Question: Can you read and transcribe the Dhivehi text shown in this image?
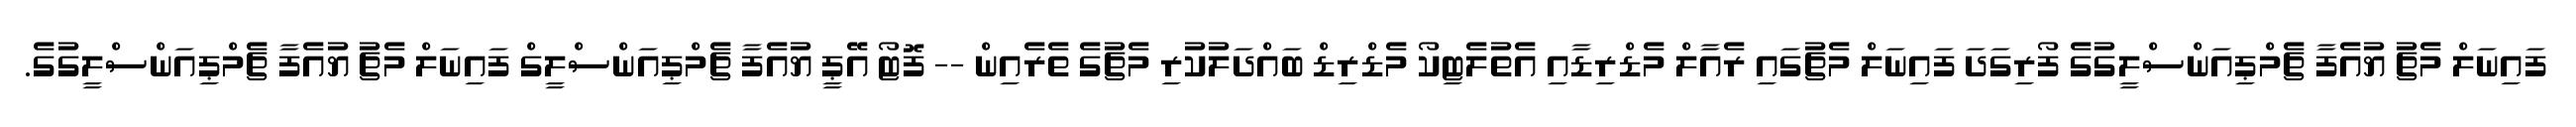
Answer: ފައިނަލް މެޗު ޔުއެފާ ޗެމްޕިއަންސްލީގުގެ ފޯރިގަދަ ފައިނަލް މެޗުގައި ރެއާލް މެޑްރިޑާއި އެތުލެޓިކޯ މެޑްރިޑް ބައްދަލުކުރި މެޗުގެ ތެރެއިން -- ފޮޓޯ އޭޕީ ޔުއެފާ ޗެމްޕިއަންސްލީގް ފައިނަލް މެޗު ޔުއެފާ ޗެމްޕިއަންސްލީގުގެ.